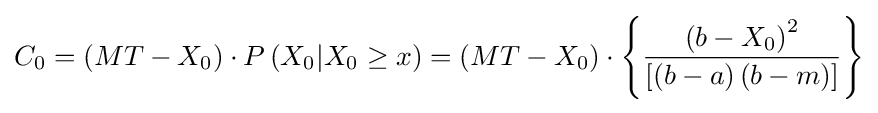
C_{0}=\left(MT-X_{0}\right)\cdot P\left(X_{0}\vert X_{0}\geq x\right)=\left(MT-X_{0}\right)\cdot \left\{{\frac {\left(b-X_{0}\right)^{2}}{\left[\left(b-a\right)\left(b-m\right)\right]}}\right\}